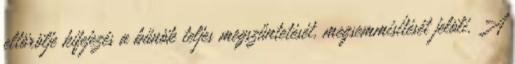
eltörölje kifejezés a bűnök teljes megszűntetését, megsemmisítését jelöli. A